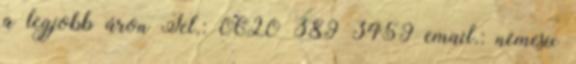
a legjobb áron Tel.: 0620 389 3459 email.: nemesix